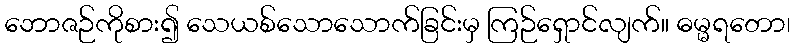
ဘောဇဉ်ကိုစား၍ သေယစ်သောသောက်ခြင်းမှ ကြဉ်ရှောင်လျက်။ ဓမ္မရတော၊